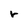
Character: r